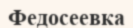
Федосеевка